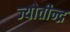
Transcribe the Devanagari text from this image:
ज्योतीन्द्र